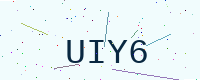
Text: UIY6